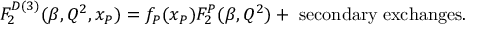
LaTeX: F _ { 2 } ^ { D ( 3 ) } ( \beta , Q ^ { 2 } , x _ { P } ) = f _ { P } ( x _ { P } ) F _ { 2 } ^ { P } ( \beta , Q ^ { 2 } ) + \; \mathrm { s e c o n d a r y } \; \mathrm { e x c h a n g e s } .